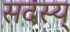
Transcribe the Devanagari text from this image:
सदस्य्